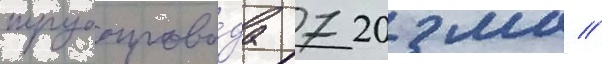
трубопрово́да 720 мм //